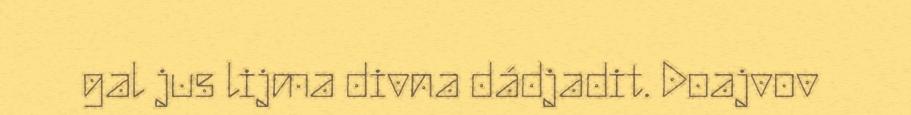
gal jus lijma divna dádjadit. Doajvov